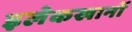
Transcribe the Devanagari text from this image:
इलेकखानों